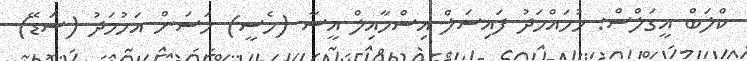
ކްލަބް އީގަލްސް: މުހައްމަދު ފައިސަލް އިސްމާއިލް އީސާ (މެސީ) ހަސަން އަހުމަދު (ސަޑޭ)